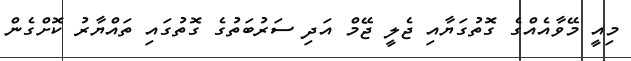
މިއީ މޭވާއެއްގެ ގޮތުގަޔާއި ޖެލީ ޖޭމް އަދި ސަރުބަތުގެ ގޮތުގައި ތައްޔާރު ކޮށްގެން